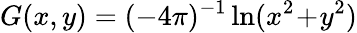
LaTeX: G(x,y)=(-4\pi)^{-1}\ln(x^{2}\! +\! y^{2})